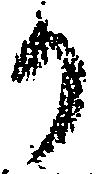
り